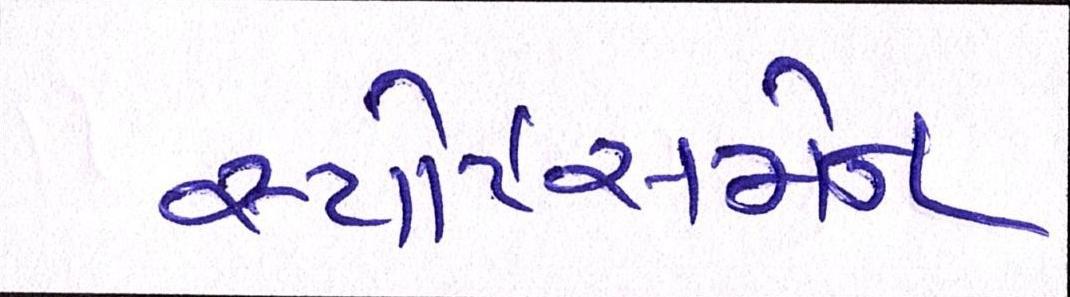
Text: સ્પોર્ટસમેન